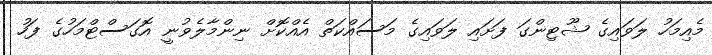
މެއިމަހު ލަވައިގެ ޝޫޓިންގަ ފަށައި ލަވައިގެ މަސައްކަތް އެއްކޮށް ނިންމާލެވުނީ އޮގަސްޓްމަހުގެ ފަހު